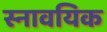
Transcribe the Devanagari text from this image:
स्नावयिक